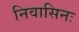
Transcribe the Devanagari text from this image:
निवासिनः